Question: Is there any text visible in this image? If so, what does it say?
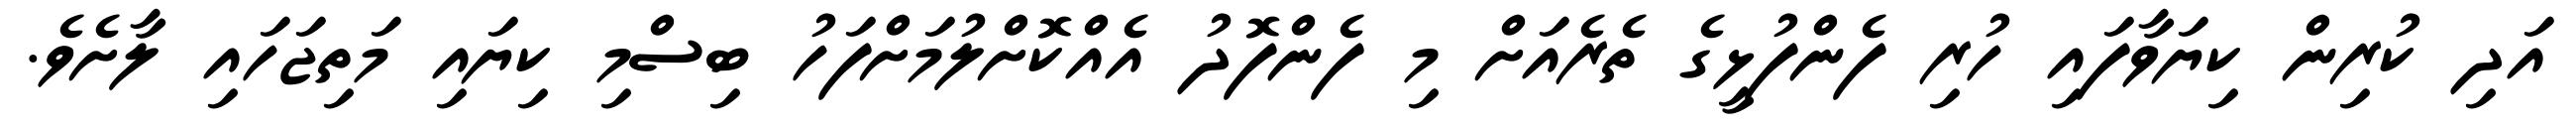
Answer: އަދި ކުރިން ކިޔަވާފައި ހުރި ފެންފުޅީގެ ތެރެއަށް މި ފެންފޮދު އެއްކޮށްލުމަށްފަހު ބިސްމި ކިޔައި މަތިޖަހައި ލާށެވެ.